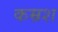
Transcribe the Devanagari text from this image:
कम्रश